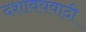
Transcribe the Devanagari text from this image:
दशावयवादी